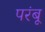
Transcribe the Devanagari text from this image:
परंबू